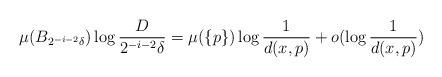
LaTeX: \begin{align*}\mu(B_{2^{-i-2}\delta}) \log\frac D{2^{-i -2}\delta} = \mu(\{p\}) \log \frac 1{d(x, p)} + o(\log\frac 1{d(x, p)}) \end{align*}